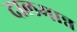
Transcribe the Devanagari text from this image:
दालमान्न